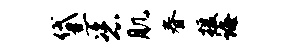
黛恣肌春援诲